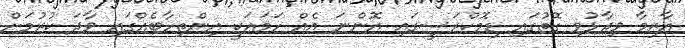
އާޒިމާ ވިދާޅުވި ގޮތުގައި ޑިމޮކްރަސީގައި އޮންނަ އެއް ހަމައަކީ އިންތިހާބެއްގައި ވާދަ ކުރުމަށް